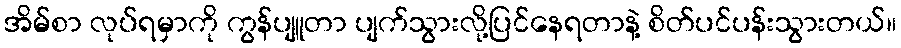
အိမ်စာ လုပ်ရမှာကို ကွန်ပျူတာ ပျက်သွားလို့ပြင်နေရတာနဲ့ စိတ်ပင်ပန်းသွားတယ်။